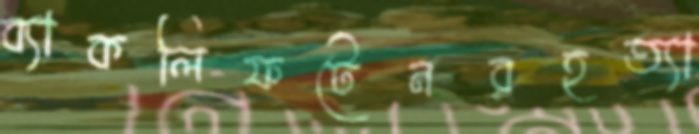
ব্যাকলিফটেনরহত্যা